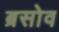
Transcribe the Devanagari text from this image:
ब्रसोव